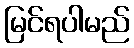
မြင်ရပါမည်